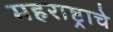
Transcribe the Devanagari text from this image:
महराष्ट्राचे